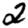
Digit: 2